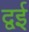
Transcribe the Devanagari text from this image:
द्वई